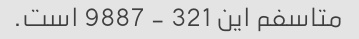
متاسفم این 321 - 9887 است.